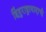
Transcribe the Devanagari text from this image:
हिंदुराष्ट्रावादाची